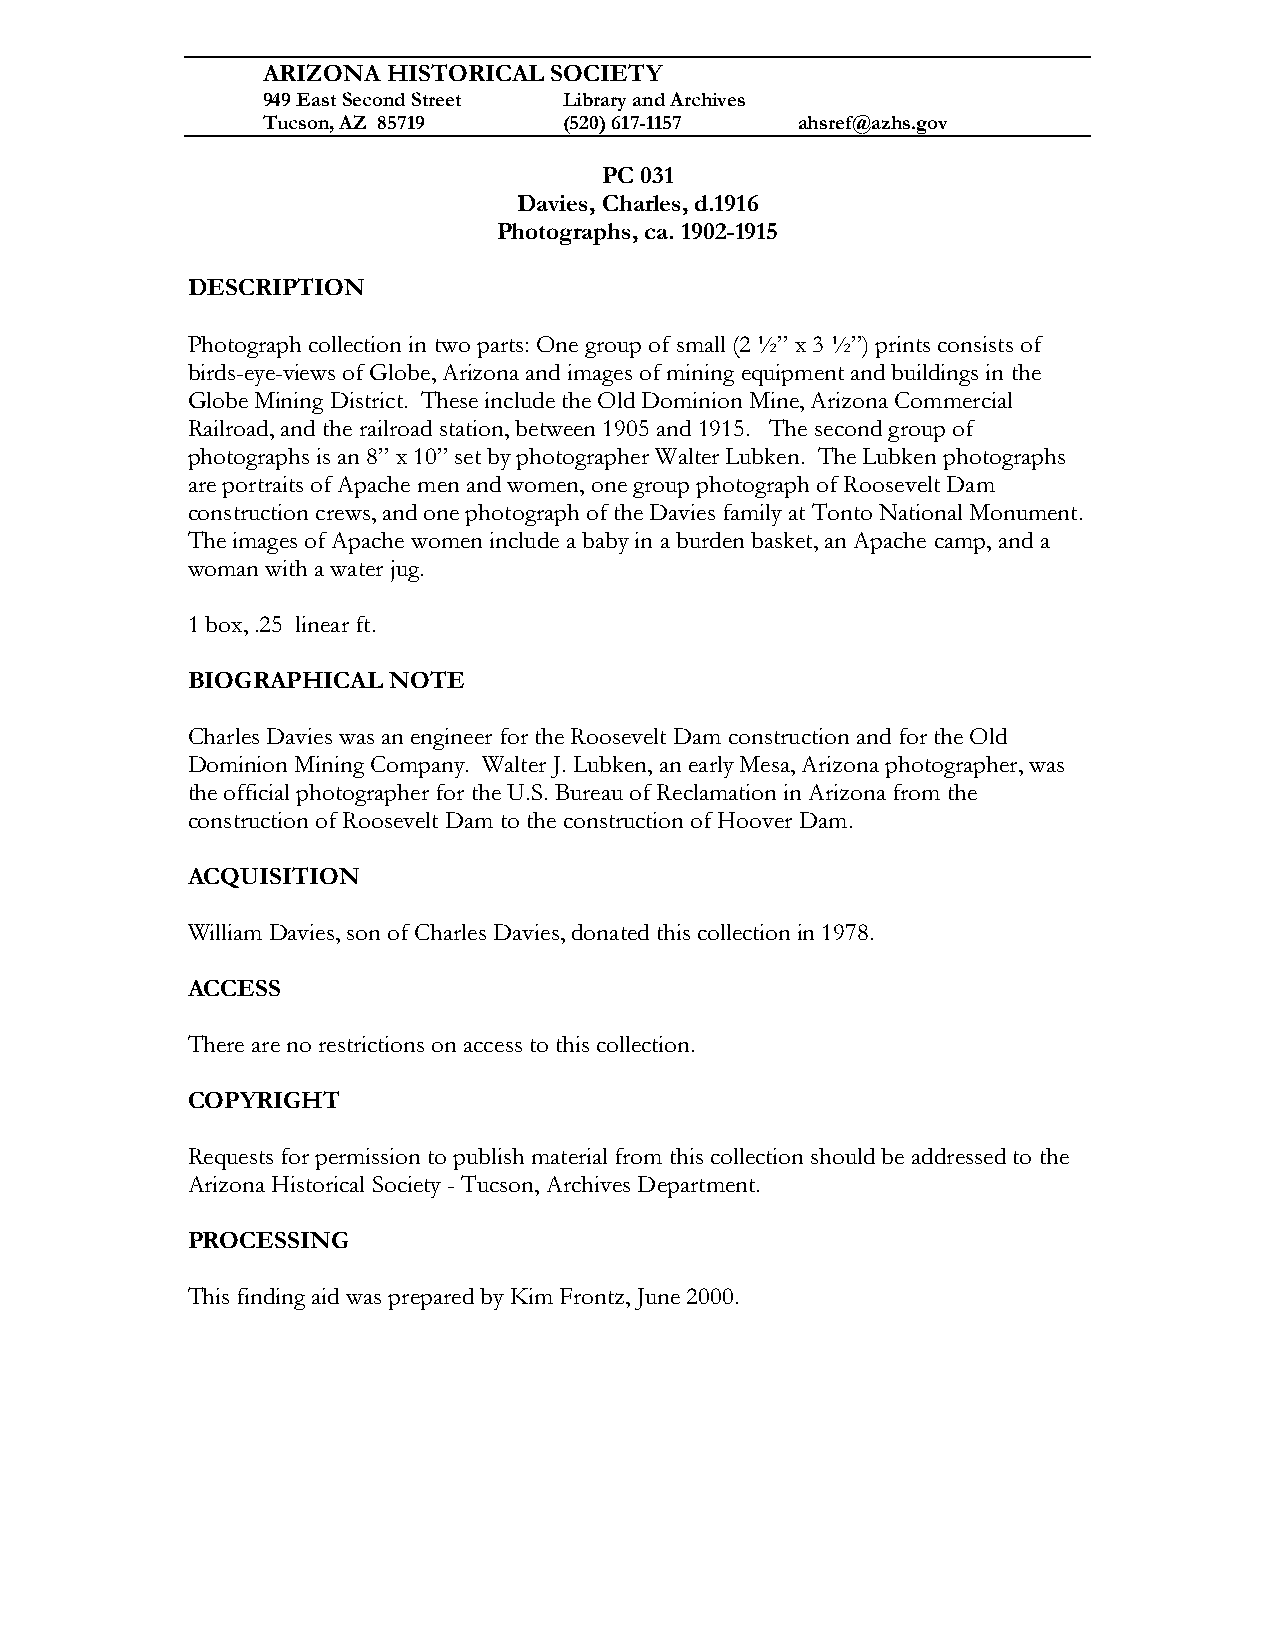
ARIZONA  HISTORICAL SOCIETY
 949 East Second Street Library and Archives
 Tucson, AZ 85719    (520) 617-1157  ahsref@azhs.gov
 PC 031
 Davies, Charles, d.1916
 Photographs, ca. 1902-1915
 DESCRIPTION
 Photograph collection in two parts: One group of small (2 ½” x 3 ½”) prints consists of
 birds-eye-views of Globe, Arizona and images of mining equipment and buildings in the
 Globe Mining District. These include the Old Dominion Mine, Arizona Commercial
 Railroad, and the railroad station, between 1905 and 1915. The second group of
 photographs is an 8” x 10” set by photographer Walter Lubken. The Lubken photographs
 are portraits of Apache men and women, one group photograph of Roosevelt Dam
 construction crews, and one photograph of the Davies family at Tonto National Monument.
 The images of Apache women include a baby in a burden basket, an Apache camp, and a
 woman with a water jug.
 1 box, .25 linear ft.
 BIOGRAPHICAL  NOTE
 Charles Davies was an engineer for the Roosevelt Dam construction and for the Old
 Dominion Mining Company. Walter J. Lubken, an early Mesa, Arizona photographer, was
 the official photographer for the U.S. Bureau of Reclamation in Arizona from the
 construction of Roosevelt Dam to the construction of Hoover Dam.
 ACQUISITION
 William Davies, son of Charles Davies, donated this collection in 1978.
 ACCESS
 There are no restrictions on access to this collection.
 COPYRIGHT
 Requests for permission to publish material from this collection should be addressed to the
 Arizona Historical Society - Tucson, Archives Department.
 PROCESSING
 This finding aid was prepared by Kim Frontz, June 2000.